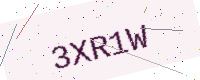
Text: 3XR1W